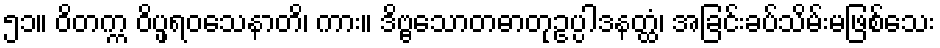
၅၁။ ဝိတက္က ဝိပ္ဖရဝသေနာတိ၊ ကား။ ဒိဗ္ဗသောတဓာတုဥပ္ပါဒနတ္ထံ၊ အခြင်းခပ်သိမ်းမဖြစ်သေး